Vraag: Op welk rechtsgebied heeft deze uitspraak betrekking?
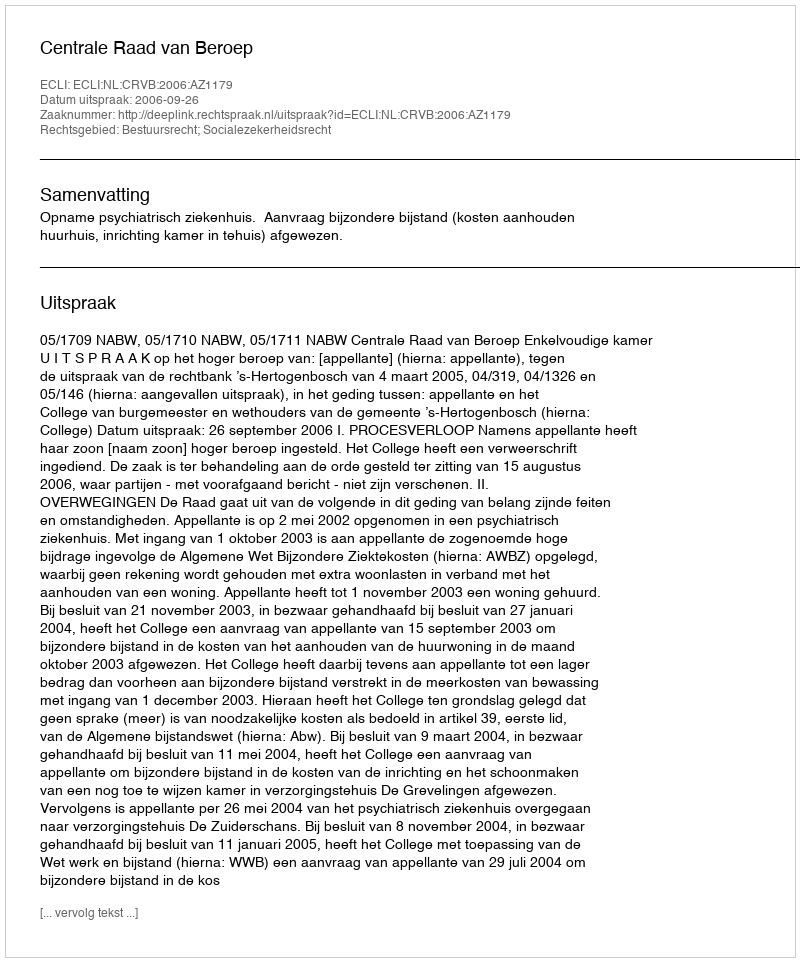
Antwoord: Bestuursrecht; Socialezekerheidsrecht